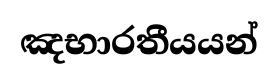
ඤභාරතීයයන්